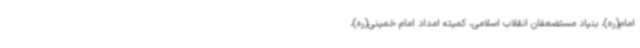
امام(ره)، بنیاد مستضعفان انقلاب اسلامی، کمیته امداد امام خمینی(ره)،